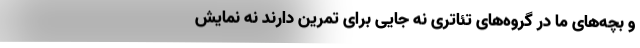
و بچه‌های ما در گروه‌های تئاتری نه جایی برای تمرین دارند نه نمایش